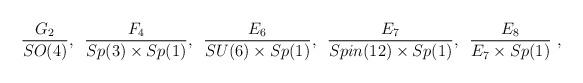
LaTeX: \begin{align*}\frac{G_2}{SO(4)}, \,\,\, \frac{F_4}{Sp(3)\times Sp(1)}, \,\,\, \frac{E_6}{SU(6)\times Sp(1)}, \,\,\, \frac{E_7}{Spin(12)\times Sp(1)}, \,\,\, \frac{E_8}{E_7\times Sp(1)}\ ,\end{align*}